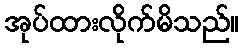
အုပ်ထားလိုက်မိသည်။